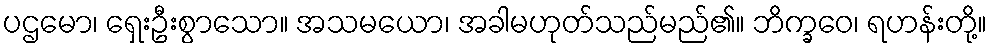
ပဌမော၊ ရှေးဦးစွာသော။ အသမယော၊ အခါမဟုတ်သည်မည်၏။ ဘိက္ခဝေ၊ ရဟန်းတို့။